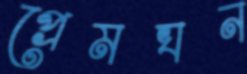
প্রেমঘন